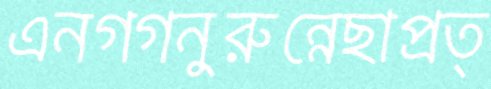
এনগগনুরুন্নেছাপ্রত্